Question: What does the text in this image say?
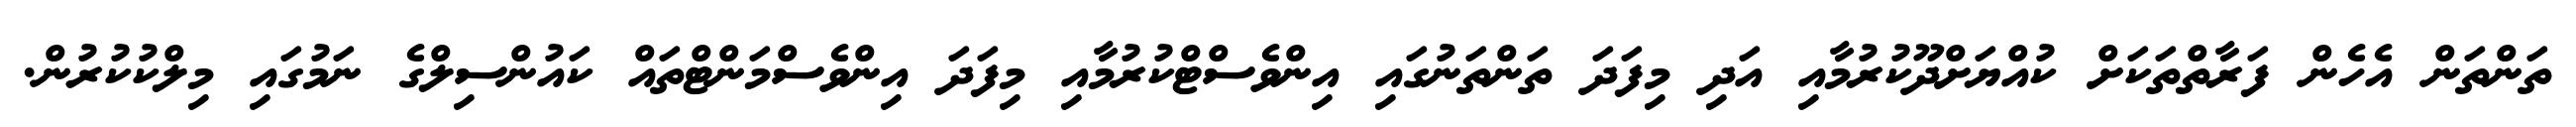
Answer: ތަންތަން އެހެން ފަރާތްތަކަށް ކުއްޔަށްދޫކުރުމާއި އަދި މިފަދަ ތަންތަނުގައި އިންވެސްޓްކުރުމާއި މިފަދަ އިންވެސްމަންޓްތައް ކައުންސިލްގެ ނަމުގައި މިލްކުކުރުން.